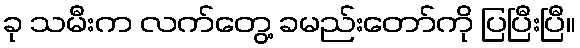
ခု သမီးက လက်တွေ့ ခမည်းတော်ကို ပြပြီးပြီ။